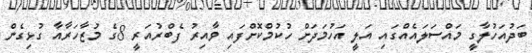
ބަދުއަހުލާގީ މައްސަލައެއްގައި އަލީ އަހުމަދަށް ހުކުމްކޮށްފައި ވާއިރު ފެބްރުއަރީ 8ގެ މުޒާހަރާއާ ގުޅިގެން